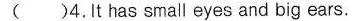
()4.It has small eyes and big ears.